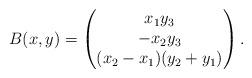
LaTeX: \begin{align*} B(x,y) = \begin{pmatrix}x_1 y_3 \\ -x_2 y_3 \\ (x_2 - x_1)(y_2 + y_1) \end{pmatrix}. \end{align*}